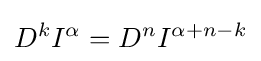
D^{k}I^{\alpha }=D^{n}I^{\alpha +n-k}